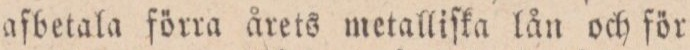
aſbetala förra årets metalliſka lån och för